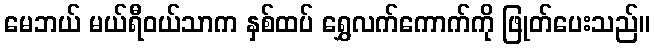
မေဘယ် မယ်ရီဝယ်သာက နှစ်ထပ် ရွှေလက်ကောက်ကို ဖြုတ်ပေးသည်။